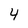
Character: 4